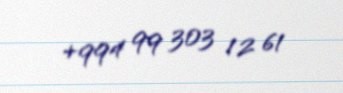
+994 99 303 12 61